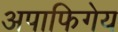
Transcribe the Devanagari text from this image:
अपाफिगेय